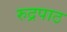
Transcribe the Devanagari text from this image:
रुद्रपाठ